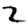
Digit: 2